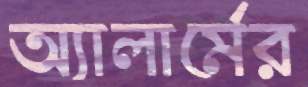
অ্যালার্মের